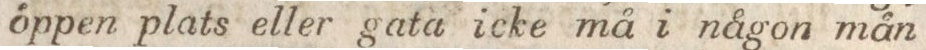
öppen plats eller gata icke må i någon mån